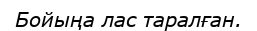
Бойыңа лас таралған.